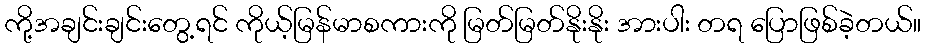
ကို့အချင်းချင်းတွေ့ရင် ကိုယ့်မြန်မာစကားကို မြတ်မြတ်နိုးနိုး အားပါး တရ ပြောဖြစ်ခဲ့တယ်။